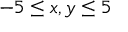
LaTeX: - 5 \leq x , y \leq 5